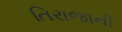
તિરાજાની